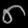
Digit: ၈